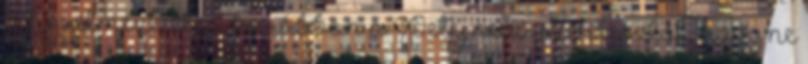
is figyelmeztetted korábban a Petej nevű szerkesztőt, hogy ne